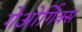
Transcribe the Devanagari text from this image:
गेओर्गिक्स